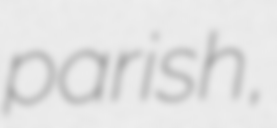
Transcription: parish,